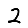
Digit: 2